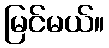
မြင်မယ်။